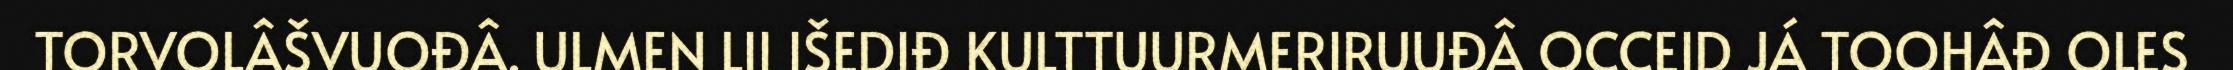
TORVOLÂŠVUOĐÂ. ULMEN LII IŠEDIĐ KULTTUURMERIRUUĐÂ OCCEID JÁ TOOHÂĐ OLES